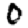
Digit: 0